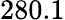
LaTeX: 280.1